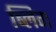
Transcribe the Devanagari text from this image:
ब्लिग